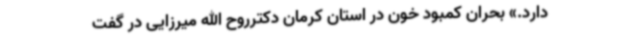
دارد.» بحران کمبود خون در استان کرمان دکترروح الله میرزایی در گفت